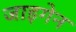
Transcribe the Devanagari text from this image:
जाइगेन